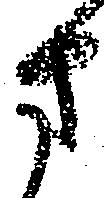
方